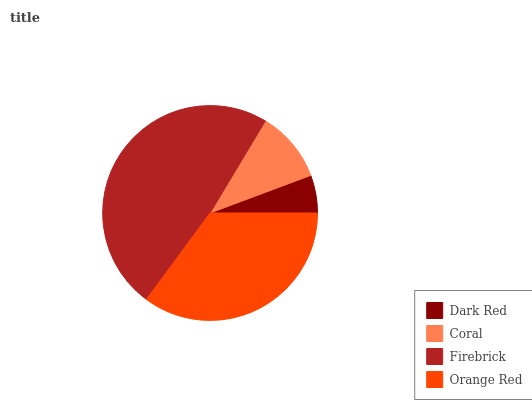
| Dark Red | Coral | Firebrick | Orange Red |
 | --- | --- | --- | --- |
 | 5.68% | 10.7% | 48.5% | 35.1% |